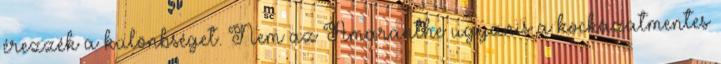
érezzék a különbséget. Nem az Amaranthe ugyanis a kockázatmentes